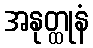
အနုတ္ထုနံ